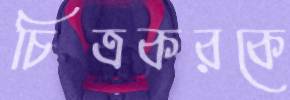
চিত্রকরকে